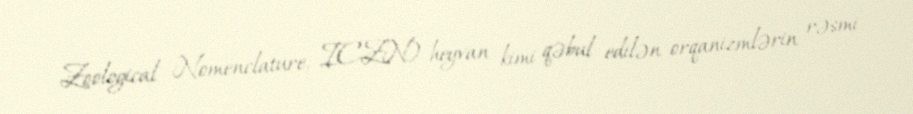
Zoological Nomenclature, ICZN) heyvan kimi qəbul edilən orqanizmlərin rəsmi